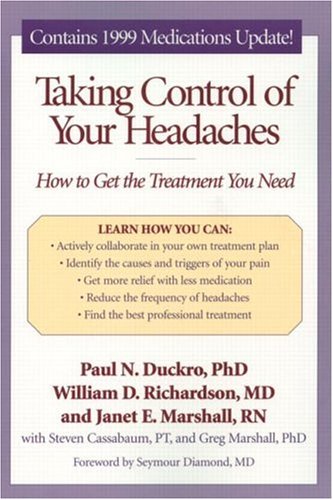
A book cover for Taking Control of Your Headaches: How to Get the Treatment You Need; Steve Cassabaum; Health, Fitness & Dieting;